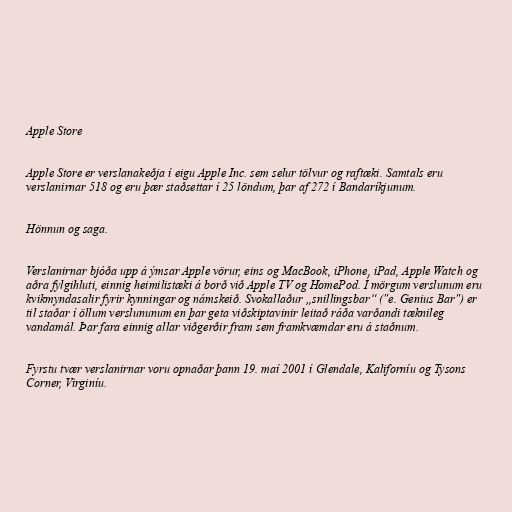
Apple Store

Apple Store er verslanakeðja í eigu Apple Inc. sem selur tölvur og raftæki. Samtals eru
verslanirnar 518 og eru þær staðsettar í 25 löndum, þar af 272 í Bandaríkjunum.

Hönnun og saga.

Verslanirnar bjóða upp á ýmsar Apple vörur, eins og MacBook, iPhone, iPad, Apple Watch og
aðra fylgihluti, einnig heimilistæki á borð við Apple TV og HomePod. Í mörgum verslunum eru
kvikmyndasalir fyrir kynningar og námskeið. Svokallaður „snillingsbar“ ("e. Genius Bar") er
til staðar í öllum verslununum en þar geta viðskiptavinir leitað ráða varðandi tæknileg
vandamál. Þar fara einnig allar viðgerðir fram sem framkvæmdar eru á staðnum.

Fyrstu tvær verslanirnar voru opnaðar þann 19. maí 2001 í Glendale, Kaliforníu og Tysons
Corner, Virginíu.